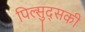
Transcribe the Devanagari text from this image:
पिल्सुद्सकी